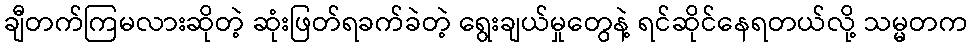
ချီတက်ကြမလားဆိုတဲ့ ဆုံးဖြတ်ရခက်ခဲတဲ့ ရွေးချယ်မှုတွေနဲ့ ရင်ဆိုင်နေရတယ်လို့ သမ္မတက